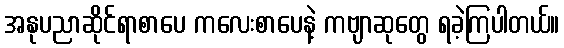
အနုပညာဆိုင်ရာစာပေ ကလေးစာပေနဲ့ ကဗျာဆုတွေ ရခဲ့ကြပါတယ်။